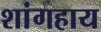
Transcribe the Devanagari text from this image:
शांगहाय